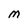
Character: M